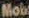
Mob